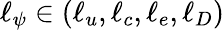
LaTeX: \ell_{\psi}\in(\ell_{u},\ell_{c},\ell_{e},\ell_{D})